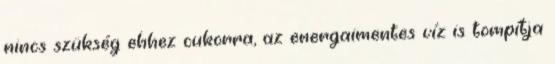
nincs szükség ehhez cukorra, az energaimentes víz is tompítja